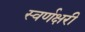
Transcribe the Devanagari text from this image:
स्वर्णक्षरी